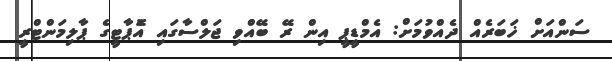
ސަންއަށް ޚަބަރެއް ދެއްވުމަށް: އެމްޑީޕީ އިން ރޭ ބޭއްވި ޖަލްސާގައި އެޮޕާޓީގެ ޕާލިމަންޓްރީ